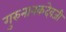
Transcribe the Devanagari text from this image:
गुरुनानकदेवजी